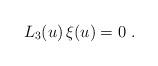
LaTeX: \begin{align*} L_3(u) \, \xi(u) = 0 \ . \end{align*}